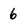
Character: 6